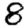
Digit: 8